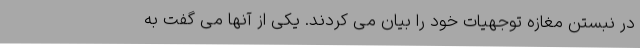
در نبستن مغازه توجهیات خود را بیان می کردند. یکی از آنها می گفت به